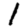
Digit: 1